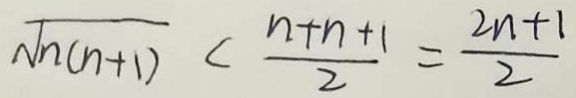
\sqrt { n ( n + 1 ) } < \frac { n + n + 1 } { 2 } = \frac { 2 n + 1 } { 2 }